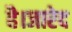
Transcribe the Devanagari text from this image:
है।जारेद